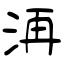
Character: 洅